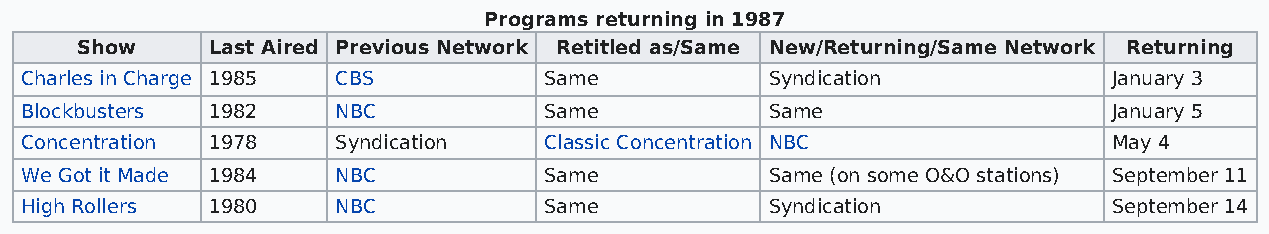
Programs returning in 1987
 Show     Last Aired Previous Network Retitled as/Same New/Returning/Same Network Returning
 Charles in Charge 1985 CBS         Same           Syndication            January 3
 Blockbusters 1982    NBC           Same           Same                   January 5
 Concentration 1978   Syndication   Classic Concentration NBC             May 4
 We Got it Made 1984  NBC           Same           Same (on some O&O stations) September 11
 High Rollers 1980    NBC           Same           Syndication            September 14